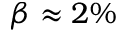
\beta \approx 2 \%